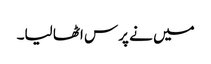
میں نے پرس اٹھا لیا۔